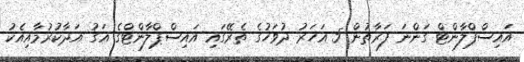
އައިސްޕްލާންޓް ގަންނަ ފަރާތުން 5 އަހަރު ދުވަހުގެ ތެރޭގައި އައިސްޕްލާންޓްގެ އަގު އަދާކުރުމާއިއެކު